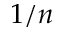
1 / n